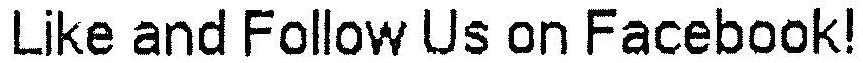
LIKE AND FOLLOW US ON FACEBOOK!